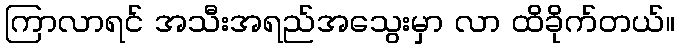
ကြာလာရင် အသီးအရည်အသွေးမှာ လာ ထိခိုက်တယ်။